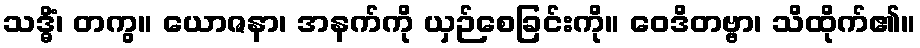
သဒ္ဓိံ၊ တကွ။ ယောဇနာ၊ အနက်ကို ယှဉ်စေခြင်းကို။ ဝေဒိတဗ္ဗာ၊ သိထိုက်၏။